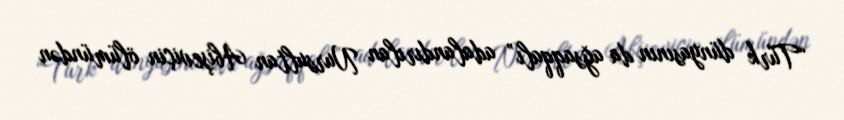
“Türk dünyasının da ağsaqqalı” adalandırılan Nursultan Abişeviçin ölümündən